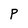
Character: P